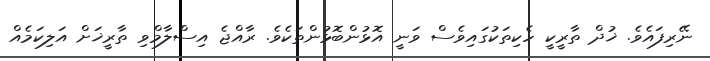
ނޭރިފައެވެ. ޚުދް ތާރީކީ ހެކިތަކުގައިވެސް ވަނީ އޮޅުންބޮޅުންތަކެވެ. ރާއްޖެ އިސްލާމްވި ތާރީޚަށް އަލިކަމެއް